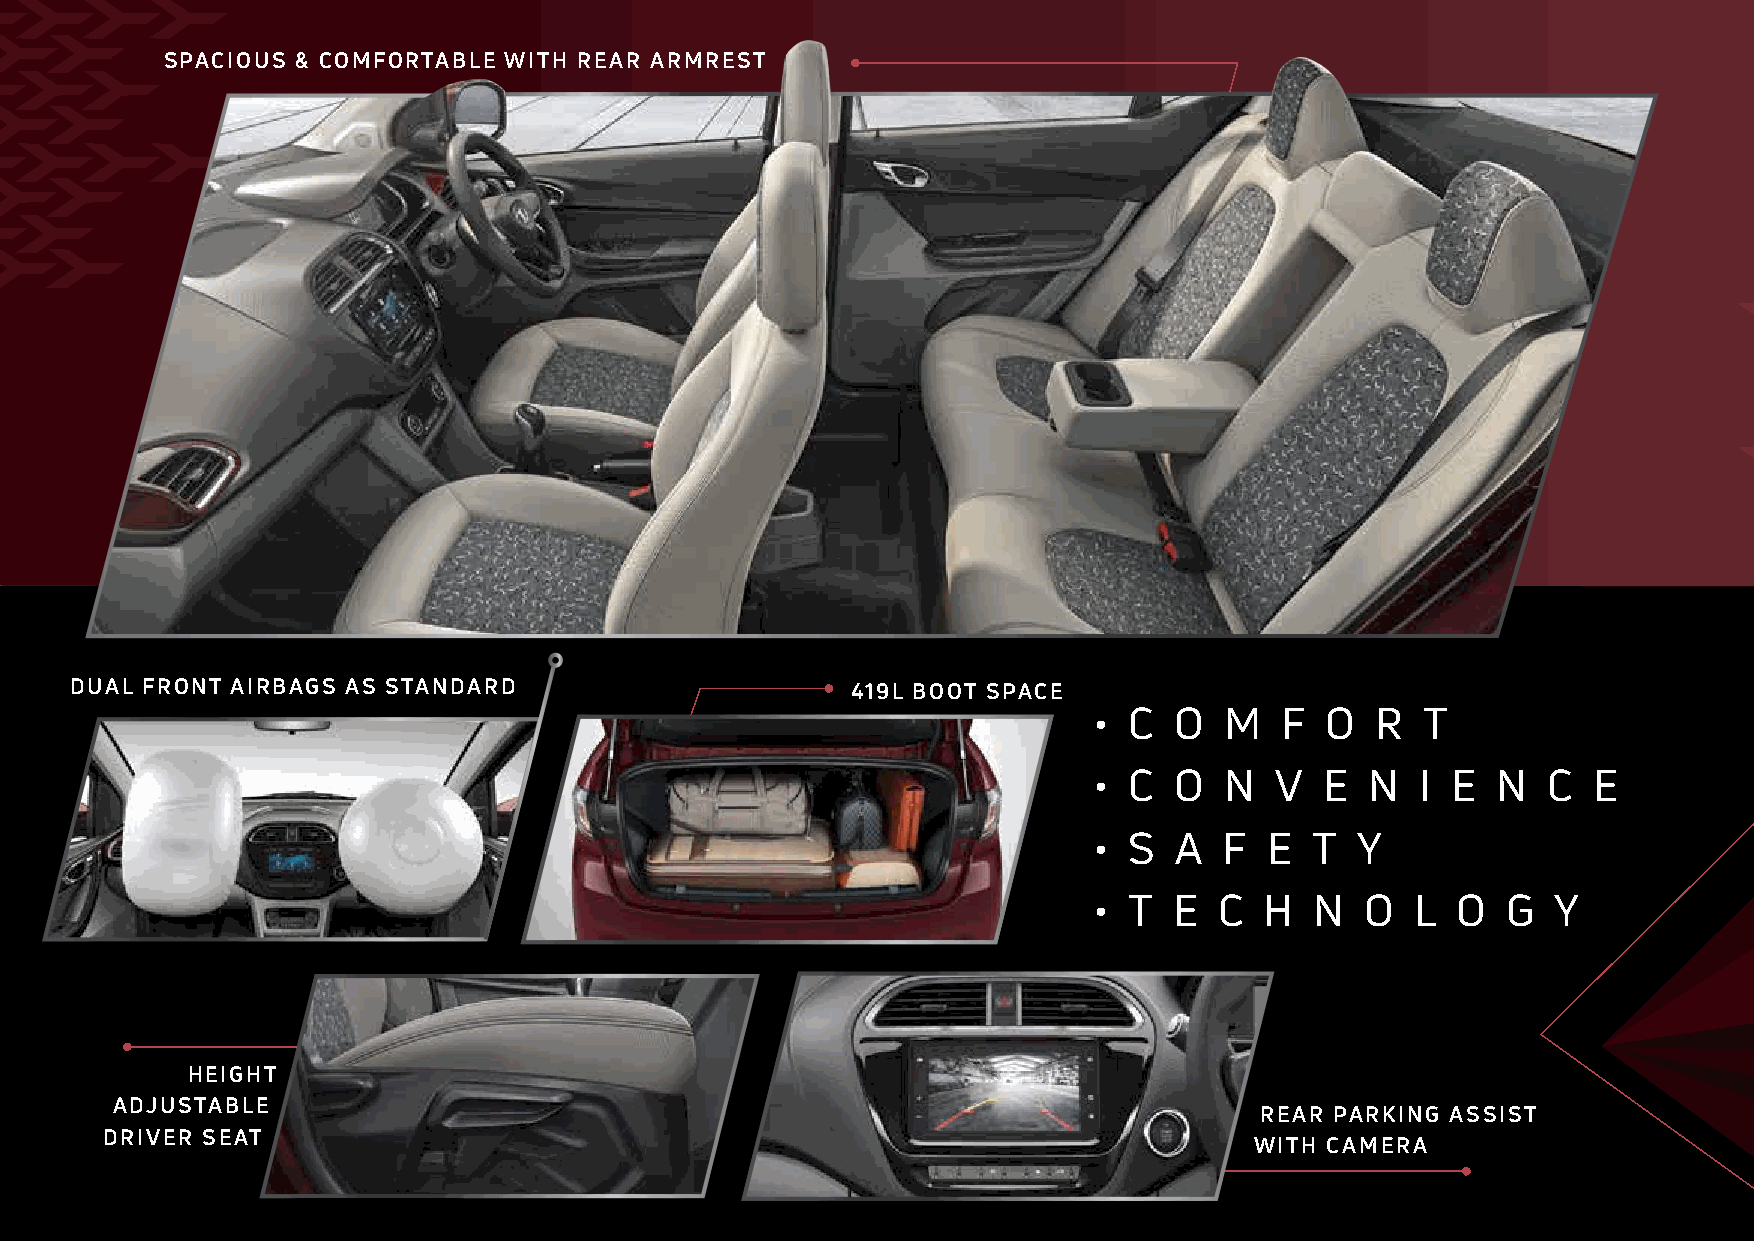
SPACIOUS & COMFORTABLE WITH REAR ARMREST
 DUAL FRONT AIRBAGS AS STANDARD                     419L BOOT SPACE
 •  C  O  M   F  O  R  T
 •  C  O  N  V   E  N  I E  N  C  E
 •  S  A  F  E  T  Y
 •  T  E  C  H  N  O   L O   G  Y
 HEIGHT
 ADJUSTABLE
 REAR PARKING ASSIST
 DRIVER SEAT
 WITH CAMERA